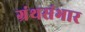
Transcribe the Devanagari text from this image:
ग्रंथसंभार